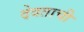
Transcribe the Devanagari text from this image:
देवताची